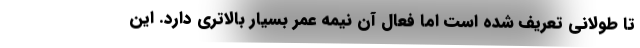
تا طولانی تعریف شده است اما فعال آن نیمه عمر بسیار بالاتری دارد. این